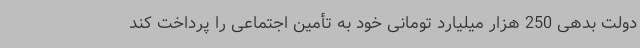
دولت بدهی 250 هزار میلیارد تومانی خود به تأمین اجتماعی را پرداخت کند